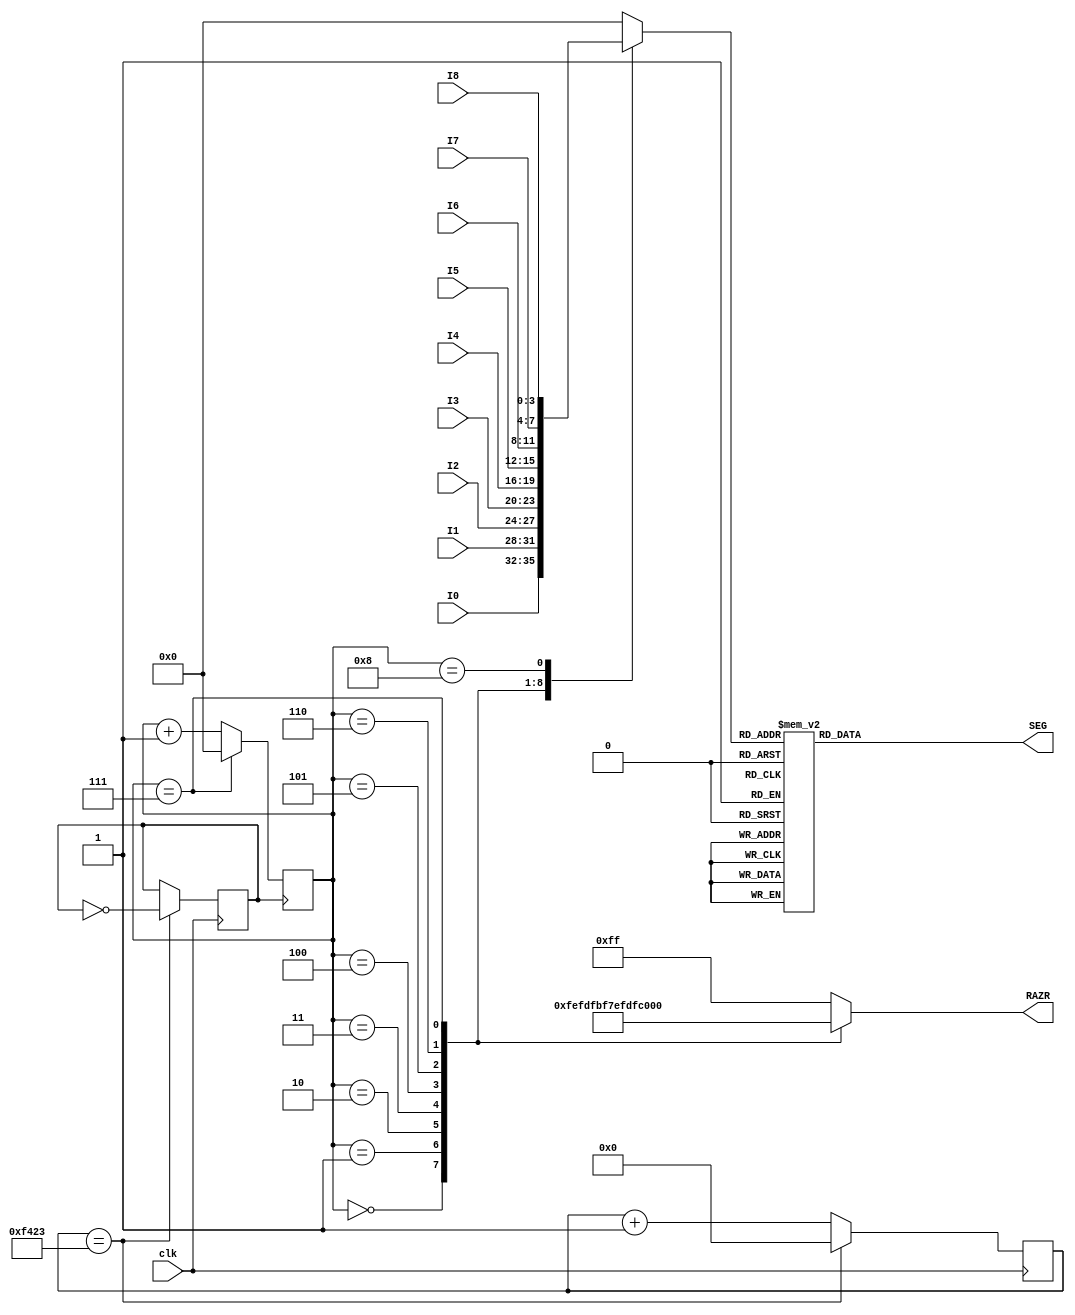
module din7seg 
#(
 parameter razr_val = 8, //    2  9 
 parameter in_clock = 50_000_000, // 
 parameter din_clock = razr_val*50, //  
 parameter clk_val = in_clock/din_clock/2-1, // 
 parameter reg_val = $clog2(clk_val)  //  
)
(
input wire clk,
input wire[3:0]I0,
input wire[3:0]I1,
input wire[3:0]I2,
input wire[3:0]I3,
input wire[3:0]I4,
input wire[3:0]I5,
input wire[3:0]I6,
input wire[3:0]I7,
input wire[3:0]I8,
output reg[7:0]SEG,
output reg[(razr_val - 1):0]RAZR
);


reg[3:0]O;
reg[3:0]C;
reg[(reg_val-1):0]DIV_CNT;
reg clock;
 
 
 always@(posedge clk)
	begin
		DIV_CNT <= DIV_CNT+1;
		if(DIV_CNT == clk_val)
			begin
				DIV_CNT <= 0;
				clock<=~clock;
			end
	end
 
 always@(posedge clock)
   begin 
	  C <= C+1'b1;
	  if(C==(razr_val-1)) C<=0;
	end
 
 always@(C)
  begin
   case(C)
	 4'b0000: begin O <= I0; RAZR <= 9'b111111110; end
	 4'b0001: begin O <= I1; RAZR <= 9'b111111101; end
	 4'b0010: begin O <= I2; RAZR <= 9'b111111011; end
	 4'b0011: begin O <= I3; RAZR <= 9'b111110111; end
	 4'b0100: begin O <= I4; RAZR <= 9'b111101111; end
	 4'b0101: begin O <= I5; RAZR <= 9'b111011111; end
	 4'b0110: begin O <= I6; RAZR <= 9'b110111111; end
	 4'b0111: begin O <= I7; RAZR <= 9'b101111111; end
	 4'b1000: begin O <= I8; RAZR <= 9'b011111111; end
	 default: begin O <= 0;  RAZR <= 9'b111111111; end 
	endcase
 end
 
 //DECODER
  always@(O)
  begin
   case(O)
     4'b0000: SEG <= ~8'b00111111;//0
     4'b0001: SEG <= ~8'b00000110;//1
     4'b0010: SEG <= ~8'b01011011;//2
     4'b0011: SEG <= ~8'b01001111;//3
     4'b0100: SEG <= ~8'b01100110;//4
     4'b0101: SEG <= ~8'b01101101;//5
     4'b0110: SEG <= ~8'b01111101;//6
     4'b0111: SEG <= ~8'b00000111;//7
     4'b1000: SEG <= ~8'b01111111;//8
     4'b1001: SEG <= ~8'b01101111;//9
     4'b1010: SEG <= ~8'b01110111;//A
     4'b1011: SEG <= ~8'b01111100;//B
     4'b1100: SEG <= ~8'b00111001;//C
     4'b1101: SEG <= ~8'b01011110;//D
     4'b1110: SEG <= ~8'b01111001;//E
     4'b1111: SEG <= ~8'b01110001;//F
	  
   endcase
  end
 
endmodule